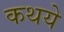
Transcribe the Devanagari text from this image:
कथये